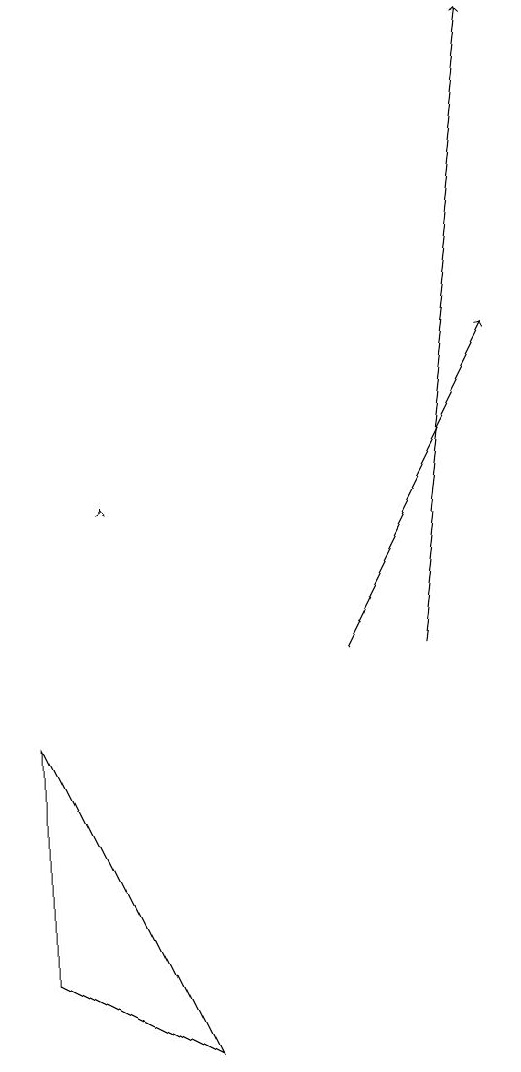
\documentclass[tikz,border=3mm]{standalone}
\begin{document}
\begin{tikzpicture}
\draw (1,9) -- (3,5) -- (1,6) -- cycle;
\draw[->] (2,12) -- (2,12);
\draw[->] (5,10) -- (7,14);
\draw[->] (6,10) -- (7,18);
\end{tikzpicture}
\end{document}